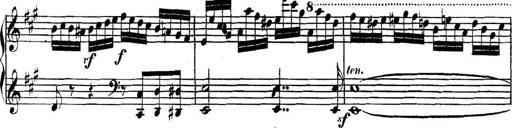
Title: Collected Piano Sonatas
Composer: Muzio Clementi